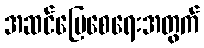
အဆင်ပြေစေရေးအတွက်